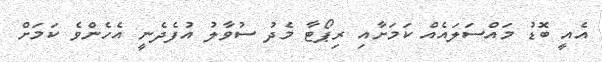
އެއީ ބޮޑު މައްސަލައެއް ކަމަށާއި ރިޕޯޓާ މެދު ސުވާލު އުފެދެނީ އެހެންވެ ކަމަށް